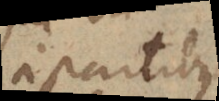
a partibus